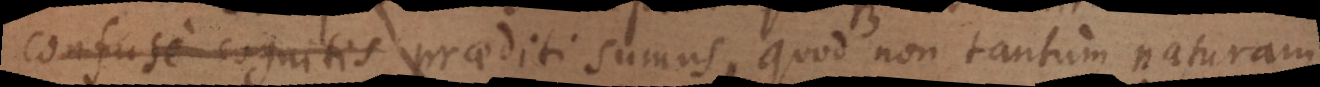
confuse cognitis praediti sumus, quod non tantum naturam